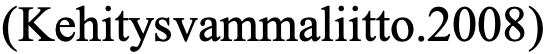
(Kehitysvammaliitto.2008)